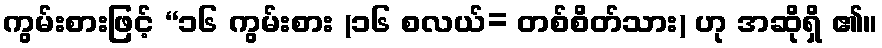
ကွမ်းစားဖြင့် “၁၆ ကွမ်းစား (၁၆ စလယ်= တစ်စိတ်သား) ဟု အဆိုရှိ ၏။